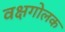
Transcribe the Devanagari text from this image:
वक्षगोलक